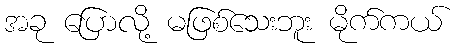
အခု ပြောလို့ မဖြစ်သေးဘူး မိုက်ကယ်